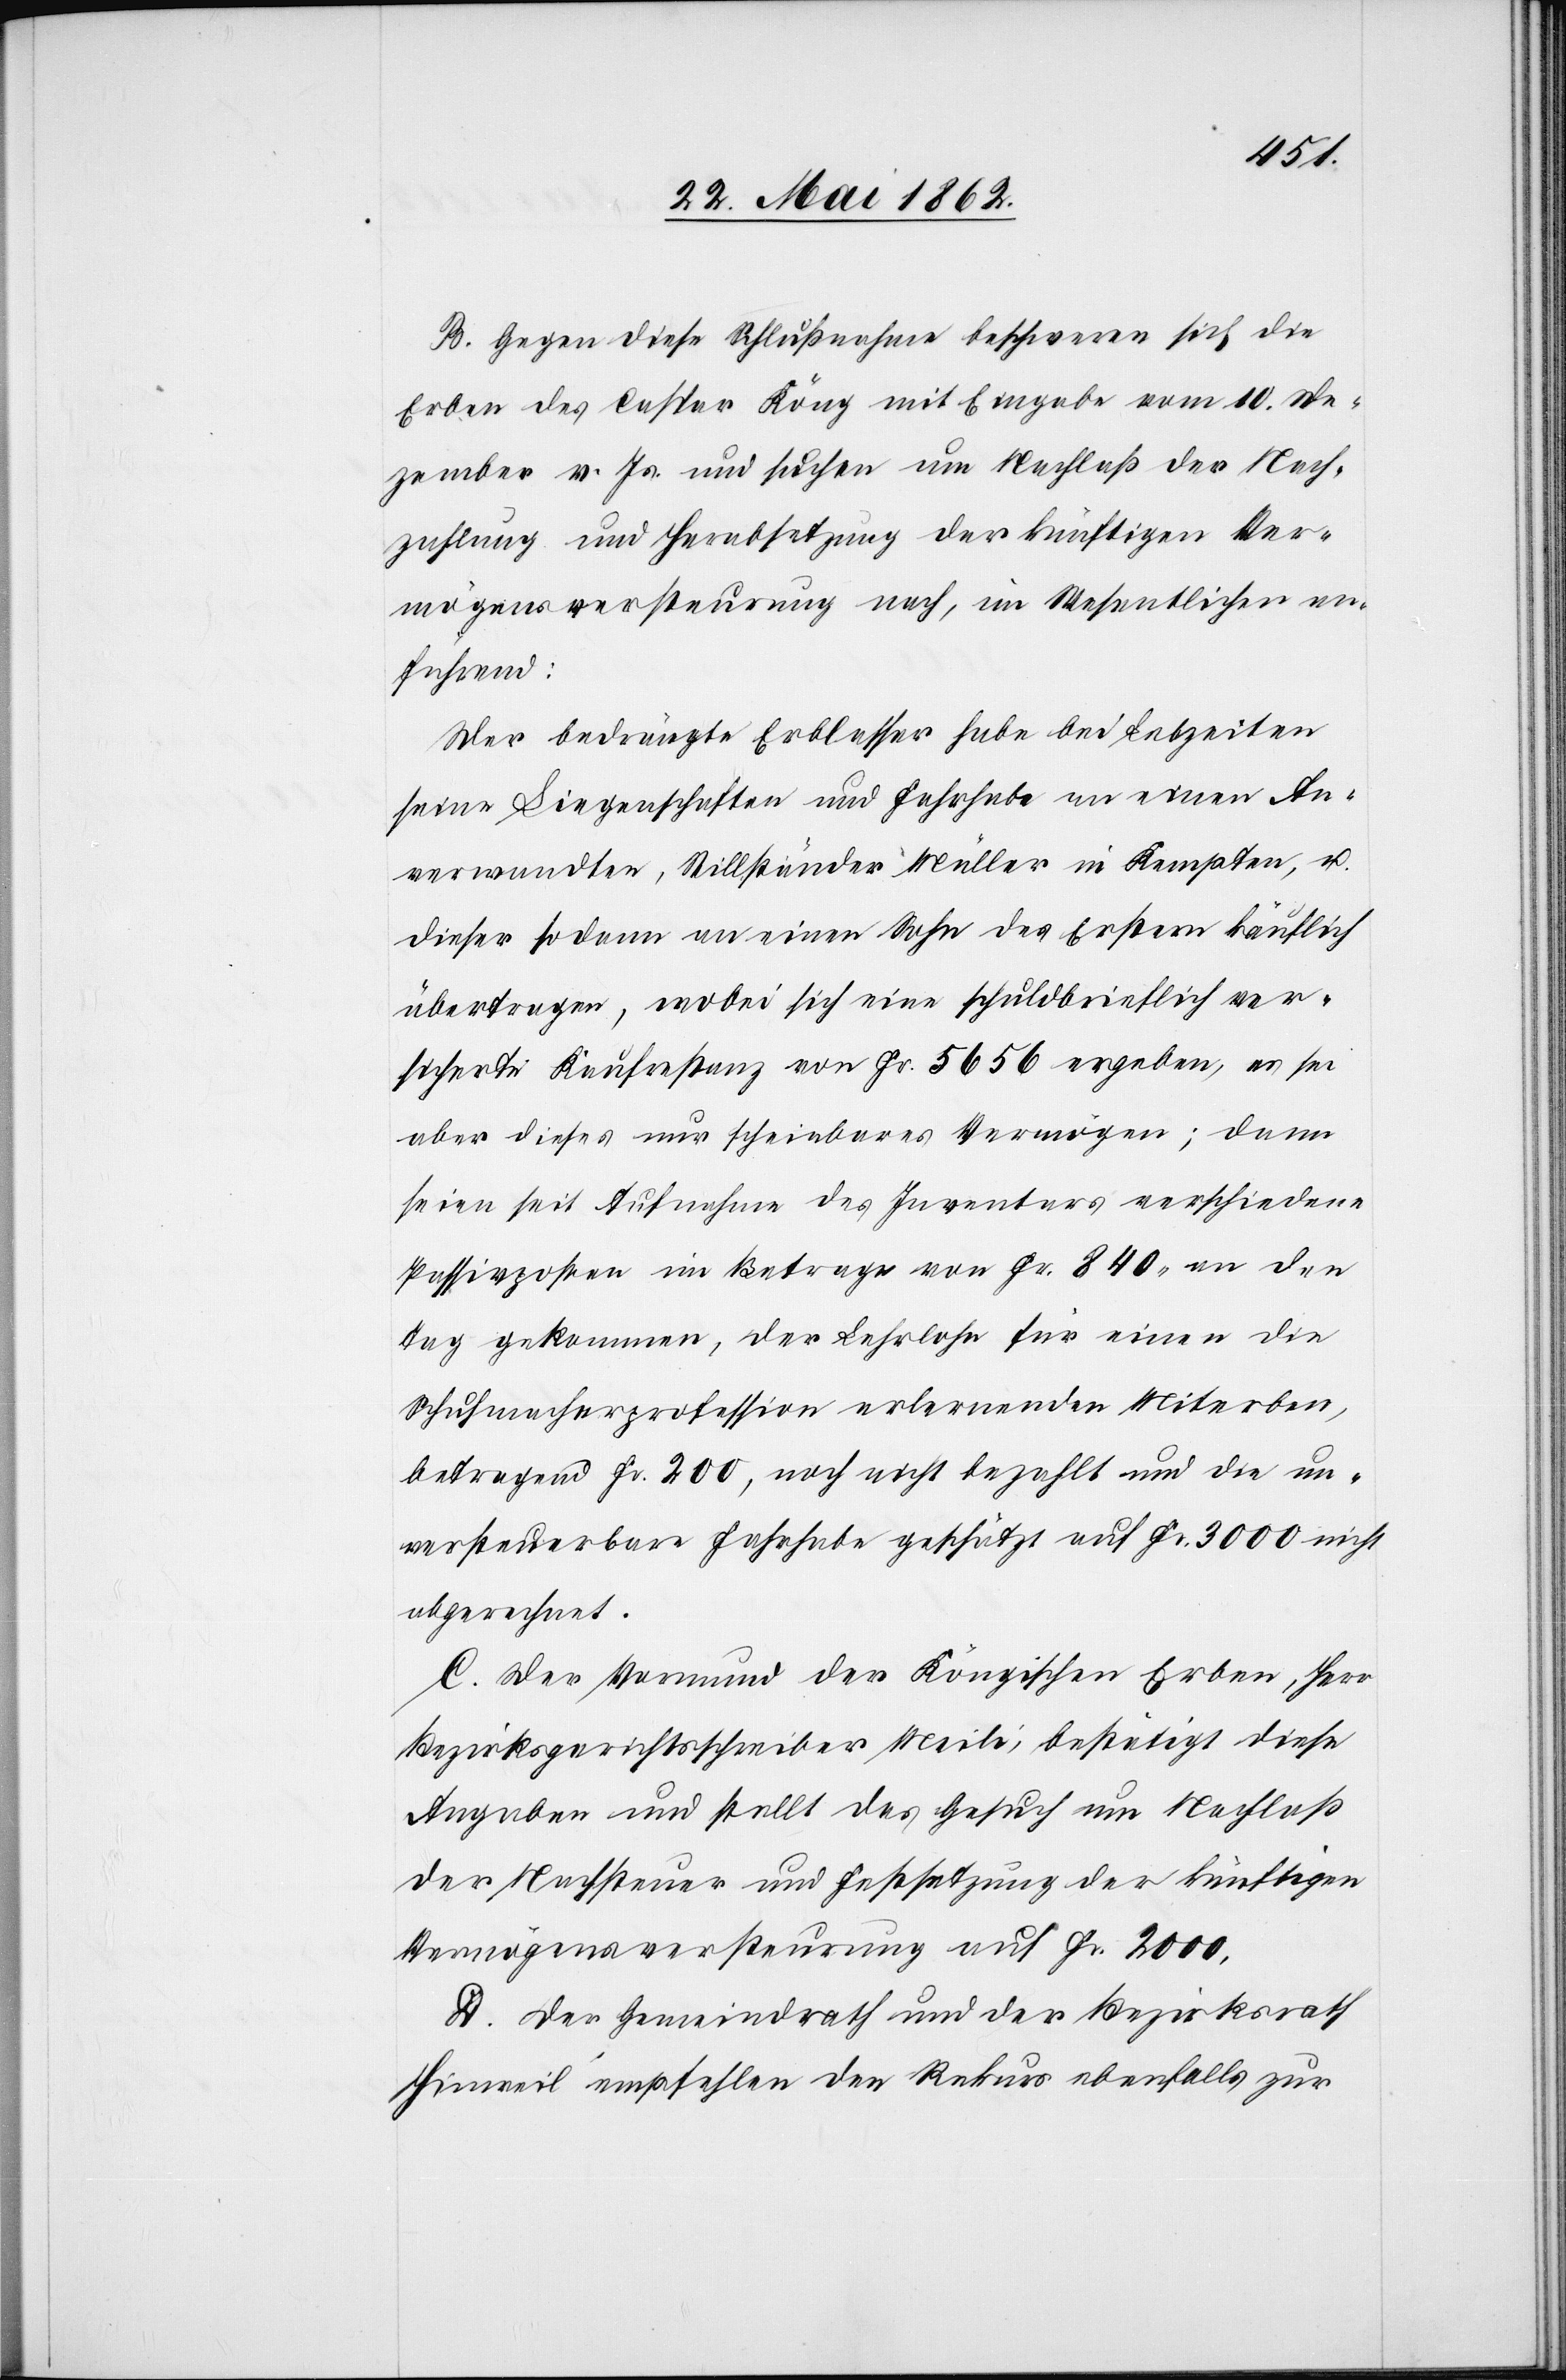
B. Gegen diese Schlußnahme beschweren sich die
Erben des Caspar Köng mit Eingabe vom 10. De¬
zember v. Js. und suchen um Nachlaß der Nach¬
zahlung und Herabsetzung der künftigen Ver¬
mögensversteurung nach, im Wesentlichen an¬
führend:
Der bedrängte Erblasser habe bei Lebzeiten
seine Liegenschaften und Fahrhabe an einen An¬
verwandten, Stillständer Müller in Kempten, u.
dieser sodann an einen Sohn des erstern käuflich
übertragen, wobei sich eine schuldbrieflich ver¬
sicherte Kaufrestanz von Fr. 5656 ergeben, es sei
aber dieses nur scheinbares Vermögen, dann
seien seit Aufnahme des Inventars verschiedene
Passivposten im Betrage von Fr. 840 an den
Tag gekommen, der Lehrlohn für einen die
Schuhmacherprofession erlernenden Miterben,
betragend Fr. 200, noch nicht bezahlt und die un¬
versteuerbare Fahrhabe geschätzt auf Fr. 3000 nicht
abgerechnet.
C. Der Vormund der Köngischen Erben, Herr
Bezirksgerichtsschreiber Meili, bestätigt diese
Angaben und stellt das Gesuch um Nachlaß
der Nachsteuer und Festsetzung der künftigen
Vermögensversteurung auf Fr. 2000.
D. Der Gemeindrath und der Bezirksrath
Hinweil empfehlen den Rekurs ebenfalls zur